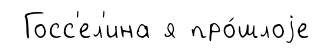
Госс'ел'ина я про́шлоjе